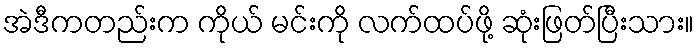
အဲဒီကတည်းက ကိုယ် မင်းကို လက်ထပ်ဖို့ ဆုံးဖြတ်ပြီးသား။